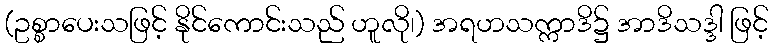
(ဥစ္စာပေးသဖြင့် နိုင်ကောင်းသည် ဟူလို၊) အရဟသက္ကာဒိ၌ အာဒိသဒ္ဒါ ဖြင့်